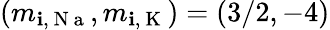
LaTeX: (m_{\mathbf{i},\mathrm{{~N~a~}}},m_{\mathbf{i},\mathrm{{~K~}}})=(3/2,-4)